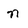
Character: n